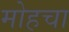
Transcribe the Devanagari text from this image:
मोहचा